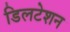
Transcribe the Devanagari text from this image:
डिलटेशन